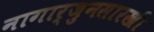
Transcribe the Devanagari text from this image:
नागार्जुनसारखी